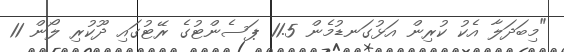
"މިބަދަލާ އެކު ކުރިން އަޅުގަނޑުމެން 11.5 ޕަސެންޓުގެ ރޭޓުގައި ދޫކުރި ލޯން 11